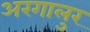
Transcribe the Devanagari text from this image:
अरगालुर